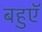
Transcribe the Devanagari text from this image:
बहुएॅ